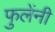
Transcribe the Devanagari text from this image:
फुलेंनी